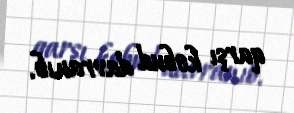
qarşı kobud davranıb.